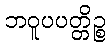
ဘဝူပပတ္တိဉ္စ